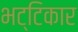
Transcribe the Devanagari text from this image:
भट्टिकार